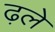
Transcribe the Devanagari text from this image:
ढ़ले